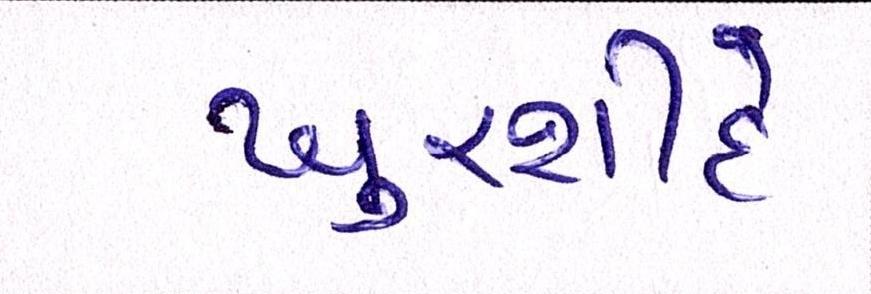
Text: ખુરશીદે